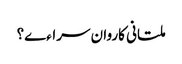
ملتانی کاروان سراءے؟